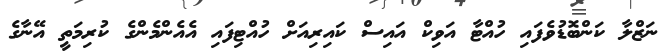
ނަޒްލާ ކަންބޮޑުވެފައި ހުއްޓާ އަވިކް އައިސް ކައިރިއަށް ހުއްޓިފައި އެއެންމެންގެ ކުރިމަތީ އޭނާގެ